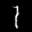
Digit: 7